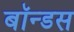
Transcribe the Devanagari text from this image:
बॉन्डस